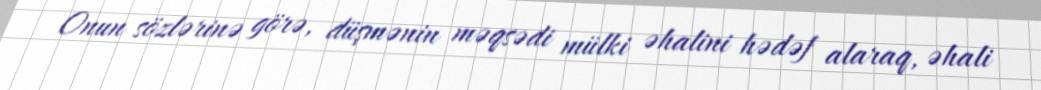
Onun sözlərinə görə, düşmənin məqsədi mülki əhalini hədəf alaraq, əhali